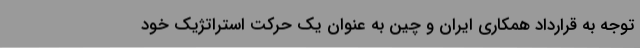
توجه به قرارداد همکاری ایران و چین به عنوان یک حرکت استراتژیک خود